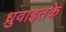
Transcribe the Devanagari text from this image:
ध्रुवाइतके